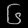
Digit: ၆